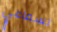
لسماعي